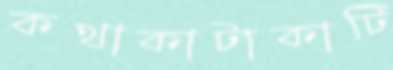
কথাকাটাকাটি